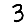
Digit: 3